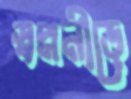
স্বপ্ননীড়ে